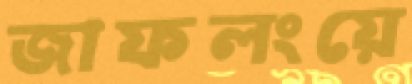
জাফলংয়ে